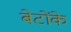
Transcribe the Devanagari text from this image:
बेटोंके